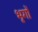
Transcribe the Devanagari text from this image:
भृगों